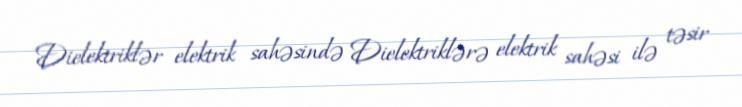
Dielektriklər elektrik sahəsində Dielektriklərə elektrik sahəsi ilə təsir